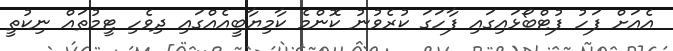
އެއަށް ފަހު ފުޓްބޯޅައިގައި ފާހަގަ ކުރެވުނު ކޮންމެ ކާމިޔާބީއެއްގައި ދިވެހި ޓީމުތައް ނިކުތީ